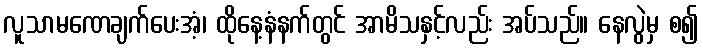
လူသာမဏေချက်ပေးအံ့၊ ထိုနေ့နံနက်တွင် အာမိသနှင့်လည်း အပ်သည်။ နေလွဲမှ စ၍